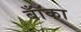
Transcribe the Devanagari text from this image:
बॉँका